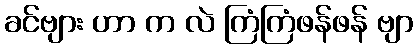
ခင်ဗျား ဟာ က လဲ ကြံကြံဖန်ဖန် ဗျာ